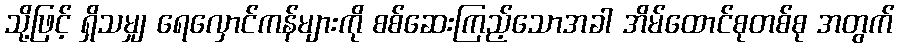
သို့ဖြင့် ရှိသမျှ ရေလှောင်ကန်များကို စစ်ဆေးကြည့်သောအခါ အိမ်ထောင်စုတစ်စု အတွက်